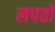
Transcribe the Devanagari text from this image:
लपतो